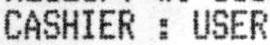
CASHIER : USER